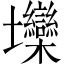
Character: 𱘞